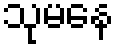
သုမနေ